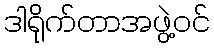
ဒါရိုက်တာအဖွဲ့ဝင်